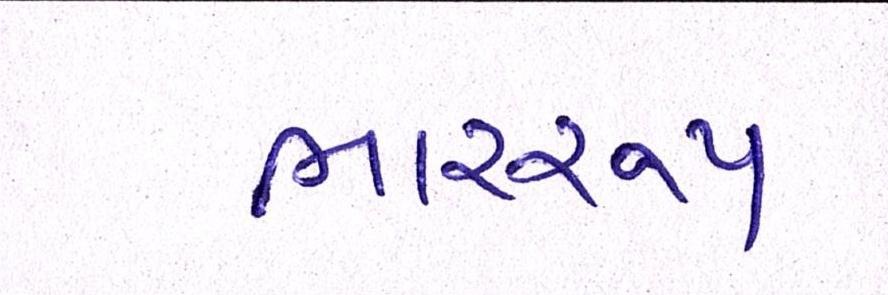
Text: ભારરૂપ